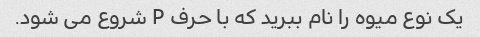
یک نوع میوه را نام ببرید که با حرف P شروع می شود.